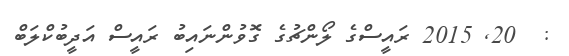
:  20